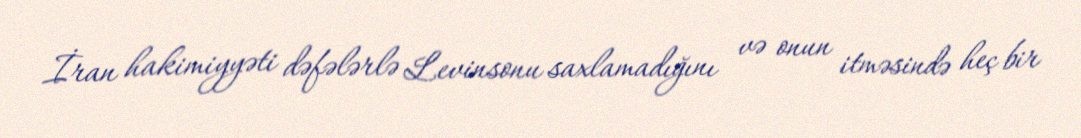
İran hakimiyyəti dəfələrlə Levinsonu saxlamadığını və onun itməsində heç bir